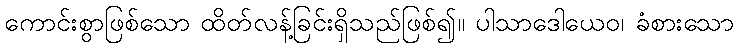
ကောင်းစွာဖြစ်သော ထိတ်လန့်ခြင်းရှိသည်ဖြစ်၍။ ပါသာဒေါယေဝ၊ ခံစားသော